Report of veterinary surgeon J.H. Steel, A.V.D., on his investigation into an obscure and fatal disease among transport mules in British Burma
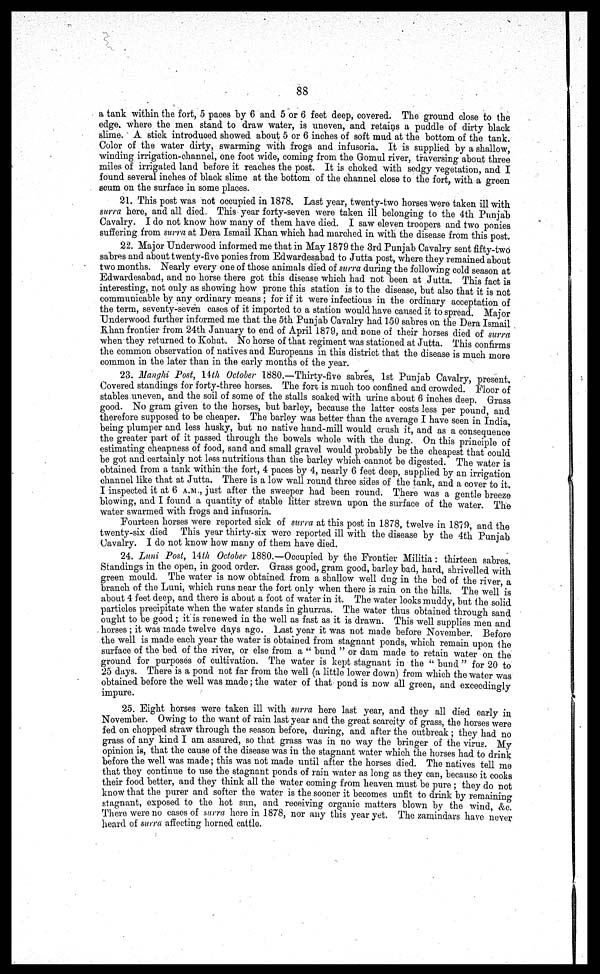
88
a tank within the fort, 5 paces by 6 and 5 or 6 feet deep, covered. The ground close to the
edge where the men stand to draw water, is uneven, and retains a puddle of dirty black
slime. A stick introduced showed about 5 or 6 inches of soft mud at the bottom of the tank.
Color of the water dirty, swarming with frogs and infusoria. It is supplied by a shallow,
winding irrigation-channel, one foot wide, coming from the Gomul river, traversing about three
miles of irrigated land before it reaches the post. It is choked with sedgy vegetation, and I
found several inches of black slime at the bottom of the channel close to the fort. with a green
scum on the surface in some places.
21. This post was not occupied in 1878. Last year, twenty-two horses were taken ill with
surra here, and all died. This year forty-seven were taken ill belonging to the 4th Punjab
Cavalry. I do not know how many of them have died. I saw eleven troopers and two ponies
suffering from surra at Dera Ismail Khan which had marched in with the disease from this post.
22. Major Underwood informed me that in May 1879 the 3rd Punjab Cavalry sent fifty-two
sabres and about twenty-five ponies from Edwardesabad to Jutta post, where they remained about
two months. Nearly every one of those animals died of surra during the following cold season at
Edwardesabad, and no horse there got this disease which had not been at Jutta. This fact is
interesting, not only as showing how prone this station is to the disease, but also that it is not
communicable by any ordinary means ; for if it were infectious in the ordinary acceptation of
the term, seventy-seven cases of it imported to a station would have caused it to spread. Major
Underwood further informed me that the 5th Punjab Cavalry had 150 sabres on the Dera Ismail
Khan frontier from 24th January to end of April 1879, and Done of their horses died of surra
when they returned to Kohat. No horse of that regiment was stationed at Jutta. This confirms
the common observation of natives and Europeans in this district that the disease is much more
common in the later than in the early months of the year.
23. Manghi Post, 14th October 1880.—Thirty-five sabres, 1st Punjab Cavalry present
Covered standings for forty-three horses. The fore is much too confined and crowded. Floor of
stables uneven, and the soil of some of the stalls soaked with urine about 6 inches deep Grass
good. No gram given to the horses, but barley, because the latter costs less per pound and
therefore supposed to be cheaper. The barley was better than the average I have seen in India
being plumper and less husky, but no native hand-mill would crush it, and as a consequence
the greater part of it passed through the bowels whole with the dung. On this principle of
estimating cheapness of food, sand and small gravel would probably be the cheapest that could
be got and certainly not less nutritious than the barley which cannot be digested. The water is
obtained from a tank within the fort, 4 paces by 4, nearly 6 feet deep, supplied by an irrigation
channel like that at Jutta. There is a low wall round three sides of the tank, and a cover to it
I inspected it at 6 A.M., just after the sweeper had been round. There was a gentle breeze
blowing, and I found a quantity of stable litter strewn upon the surface of the water. The
water swarmed with frogs and infusoria.
Fourteen horses were reported sick of surra at this post in 1878, twelve in 1879 and the
twenty-six died This year thirty-six were reported ill with the disease by the 4th Punjab
Cavalry. I do not know how many of them have died.
24. Luni Post, 14th October 1880.—Occupied by the Frontier Militia: thirteen sabres
Standings in the open, in good order. Grass good, gram good, barley bad, hard, shrivelled with
green mould. The water is now obtained from a shallow well dug in the bed of the river a
branch of the Luni. which runs near the fort only when there is rain on the hills. The well is
about 4 feet deep, and there is about a foot of water in it. The water looks muddy, but the solid
particles precipitate when the water stands in ghurras. The water thus obtained through sand
ought to be good ; it is renewed in the well as fast as it is drawn. This well supplies men and
horses ; it was made twelve days ago. Last year it was not made before November. Before
the well is made each year the water is obtained from stagnant ponds, which remain upon the
surface of the bed of the river, or else from a " bund " or dam made to retain water on the
ground for purposes of cultivation. The water is kept stagnant in the " bund " for 20 to
25 days. There is a pond not far from the well (a little lower down) from which the water was
obtained before the well was made; the water of that pond is now all green, and exceedingly
impure.
25. Eight horses were taken ill with surra here last year, and they all died early in
November. Owing to the want of rain last year and the great scarcity of grass, the horses were
fed on chopped straw through the season before, during, and after the outbreak ; they had no
grass of any kind I am assured, so that grass was in no way the bringer of the virus. My
opinion is, that the cause of the disease was in the stagnant water which the horses had to drink
before the well was made ; this was not made until after the horses died. The natives tell me
that they continue to use the stagnant ponds of rain water as long as they can, because it cooks
their food better, and they think all the water coming from heaven must be pure ; they do not
know that the purer and softer the water is the sooner it becomes unfit to drink by remaining
stagnant, exposed to the hot sun, and receiving organic matters blown by the wind &c.
There were no cases of surra here in 1878, nor any this year yet. The zamindars have never
heard of surra affecting horned cattle.